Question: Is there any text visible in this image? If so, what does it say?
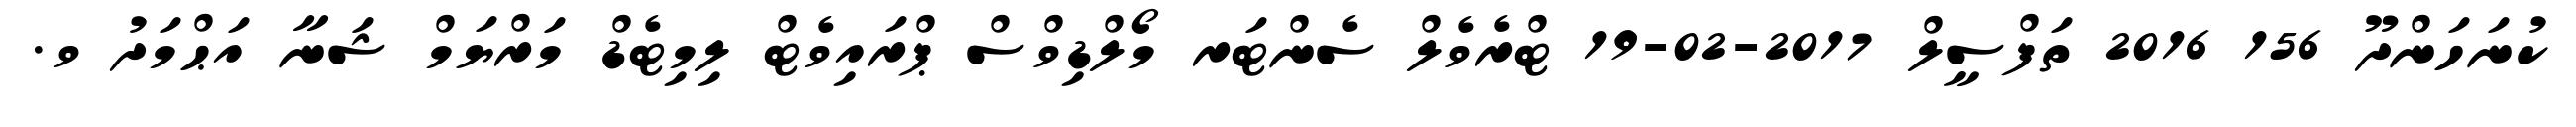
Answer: ކުނަހަންދޫ 156 2016 ތަފްސީލް 2017-02-19 ޓްރެވެލް ސެންޓަރ މޯލްޑިވްސް ޕްރައިވެޓް ލިމިޓެޑް މަރްޔަމް ޝަނާ އަޙްމަދު ވ.